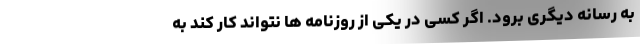
به رسانه دیگری برود. اگر کسی در یکی از روزنامه ها نتواند کار کند به